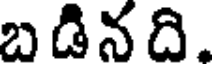
బ డిన ది.